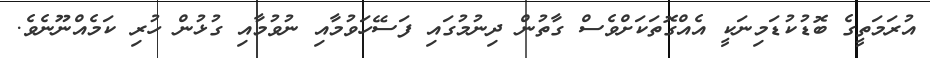
އުރަމަތީގެ ބޮޑުކުޑަމިނަކީ އެއްގޮތަކަށްވެސް ގާތުން ދިނުމުގައި ފަސޭހަވުމާއި ނުވުމާއި ގުޅުން ހުރި ކަމެއްނޫނެވެ.